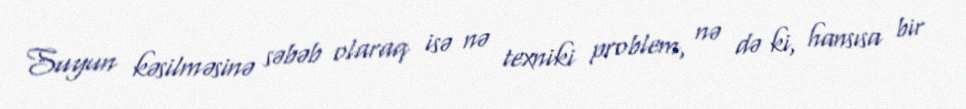
Suyun kəsilməsinə səbəb olaraq isə nə texniki problem, nə də ki, hansısa bir